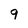
Character: 9